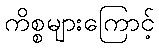
ကိစ္စများကြောင့်